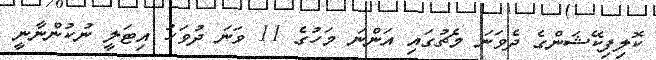
ކޮލިފިކޭޝަންގެ ދެވަނަ މެޗުގައި އަންނަ މަހުގެ 11 ވަނަ ދުވަހު އިޓަލީ ނުކުންނާނީ